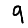
Digit: 9